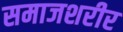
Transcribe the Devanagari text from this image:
समाजशरीर